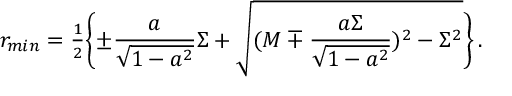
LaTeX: r _ { m i n } = { \textstyle \frac { 1 } { 2 } } \biggl \{ \pm \frac { a } { \sqrt { 1 - a ^ { 2 } } } \Sigma + \sqrt { ( M \mp \frac { a \Sigma } { \sqrt { 1 - a ^ { 2 } } } ) ^ { 2 } - \Sigma ^ { 2 } } \biggr \} \, .